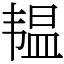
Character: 韫